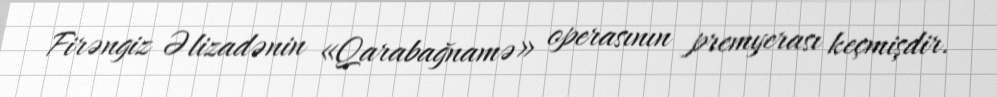
Firəngiz Əlizadənin «Qarabağnamə» operasının premyerası keçmişdir.